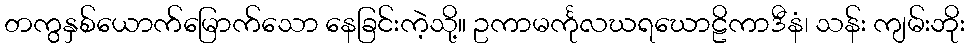
တကွနှစ်ယောက်မြောက်သော နေခြင်းကဲ့သို့။ ဥကာမင်္ကုလဃရဃောဠိကာဒီနံ၊ သန်း ကျမ်းဘိုး